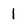
Character: l